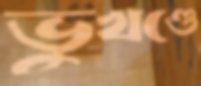
ভুখণ্ডে